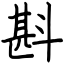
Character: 斟